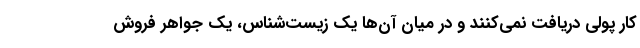
کار پولی دریافت نمی‌کنند و در میان آن‌ها یک زیست‌شناس، یک جواهر فروش